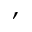
,